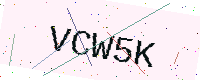
Text: VCW5K